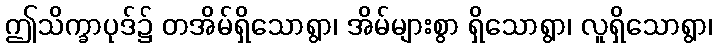
ဤသိက္ခာပုဒ်၌ တအိမ်ရှိသောရွာ၊ အိမ်များစွာ ရှိသောရွာ၊ လူရှိသောရွာ၊